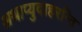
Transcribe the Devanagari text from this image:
अथाप्युदाहरन्ति